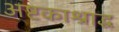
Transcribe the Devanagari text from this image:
अष्टकाश्राद्ध